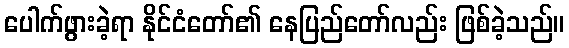
ပေါက်ဖွားခဲ့ရာ နိုင်ငံတော်၏ နေပြည်တော်လည်း ဖြစ်ခဲ့သည်။